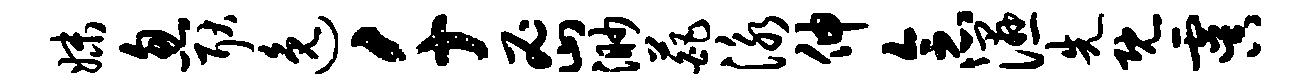
妹忽耿逸千密渺葩泳伸念湿先既虞